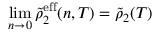
\operatorname* { l i m } _ { n \to 0 } \tilde { \rho } _ { 2 } ^ { \mathrm { e f f } } ( n , T ) = \tilde { \rho } _ { 2 } ( T )